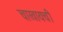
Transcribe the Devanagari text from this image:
चाखायची